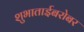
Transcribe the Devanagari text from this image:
शुभाताईबरोबर